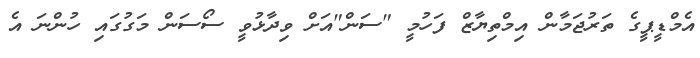
އެމްޑީޕީގެ ތަރުޖަމާން އިމްތިޔާޒް ފަހުމީ "ސަން"އަށް ވިދާޅުވީ ސޯސަން މަގުގައި ހުންނަ އެ